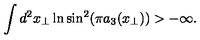
\int d ^ { 2 } x _ { \perp } \ln \sin ^ { 2 } ( \pi a _ { 3 } ( x _ { \perp } ) ) > - \infty .